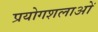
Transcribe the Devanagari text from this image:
प्रयोगशलाओं